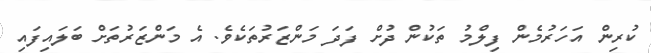
ކުރިން އަހަރުމެން ފިލްމު ތަކުން ދުށް ފަދަ މަންޒަރުތަކެވެ. އެ މަންޒަރުތަށް ބަލައިފައި